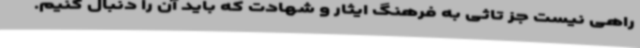
راهی نیست جز تاثی به فرهنگ ایثار و شهادت که باید آن را دنبال کنیم.